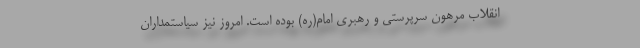
انقلاب مرهون سرپرستی و رهبری امام(ره) بوده است. امروز نیز سیاستمداران